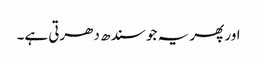
اور پھر یہ جو سندھ دھرتی ہے۔